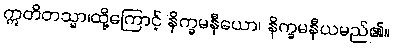
ဣတိတသ္မာ၊ထို့ကြောင့် နိက္ခမနီယော၊ နိက္ခမနီယမည်၏။